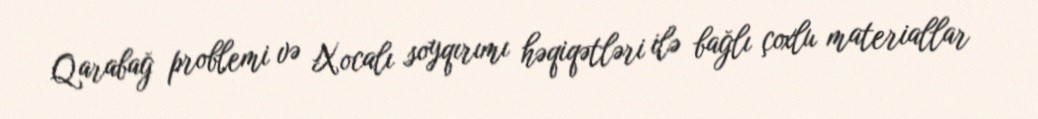
Qarabağ problemi və Xocalı soyqırımı həqiqətləri ilə bağlı çoxlu materiallar